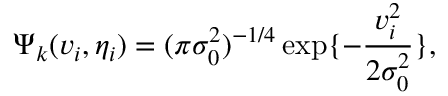
\Psi _ { k } ( v _ { i } , \eta _ { i } ) = ( \pi \sigma _ { 0 } ^ { 2 } ) ^ { - 1 / 4 } \exp \{ - { \frac { v _ { i } ^ { 2 } } { 2 \sigma _ { 0 } ^ { 2 } } } \} ,